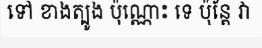
ទៅ ខាងត្បូង ប៉ុណ្ណោះ ទេ ប៉ុន្តែ វា